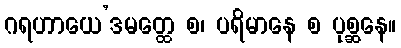
ဂရဟာယေ’ဒမတ္ထေ စ၊ ပရိမာနေ စ ပုစ္ဆနေ။